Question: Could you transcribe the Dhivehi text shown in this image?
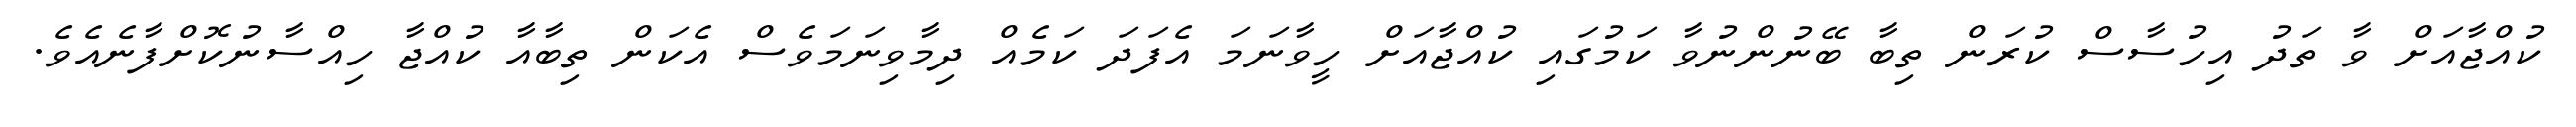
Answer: ކުއްޖާއަށް ވާ ތަދު އިހުސާސް ކުރަން ތިބާ ބޭނުންނުވާ ކަމުގައި ކުއްޖާއަށް ހީވާނަމަ އެފަދަ ކަމެއް ދިމާވިނަމަވެސް އެކަން ތިބާއާ ކުއްޖާ ހިއްސާނުކޮށްފާނެއެވެ.